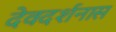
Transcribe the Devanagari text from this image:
देवदर्शनास